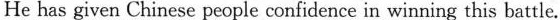
He has given Chinese people confidence in winning this battle.